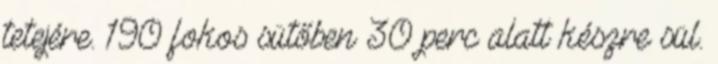
tetejére. 190 fokos sütőben 30 perc alatt készre sül.